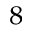
^ { 8 }